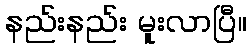
နည်းနည်း မူးလာပြီ။